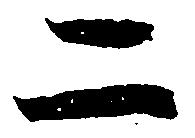
二